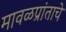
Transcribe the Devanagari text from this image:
मावळप्रांताचे